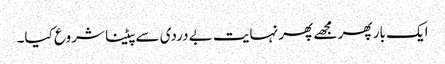
ایک بار پھر مجھے پھر نہایت بے دردی سے پیٹنا شروع کیا۔